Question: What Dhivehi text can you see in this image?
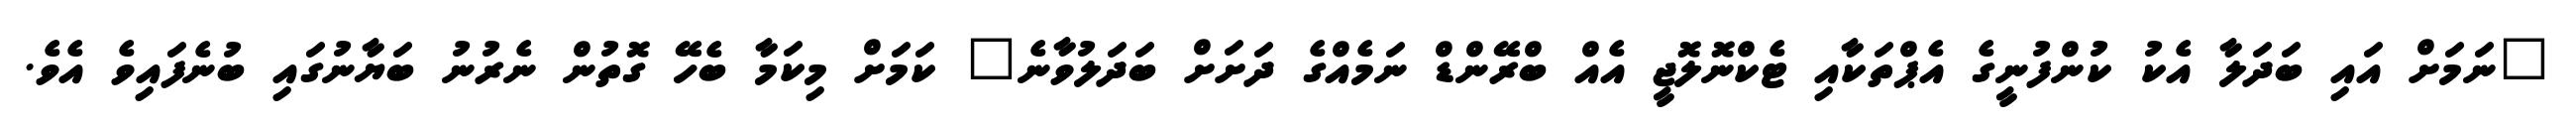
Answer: "ނަމަށް އައި ބަދަލާ އެކު ކުންފުނީގެ އެޕްތަކާއި ޓެކްނޮލޮޖީ އެއް ބްރޭންޑް ނަމެއްގެ ދަށަށް ބަދަލުވާނެ" ކަމަށް މިކަމާ ބެހޭ ގޮތުން ނެރުނު ބަޔާނުގައި ބުނެފައިވެ އެވެ.